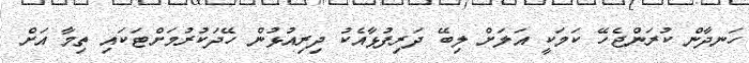
ހަނދާން ކުރަންޖެހޭ ކަމަކީ އަލަށް ލިބޭ ދަރިފުޅާއެކު ދިރިއުޅުން ހޭދަކުރުމަށްޓަކައި ތިމާ އަށް